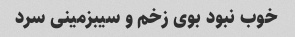
خوب نبود بوی زخم و سیبزمینی سرد